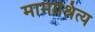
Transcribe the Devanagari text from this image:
मामाश्रित्य